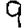
Digit: 9